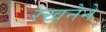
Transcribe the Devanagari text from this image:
रखनेने